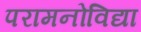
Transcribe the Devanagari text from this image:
परामनोविद्या